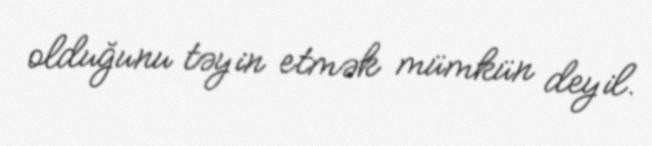
olduğunu təyin etmək mümkün deyil.